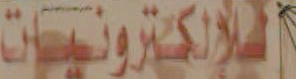
الإلكترونيات